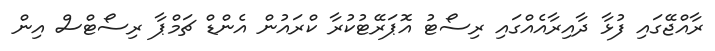
ރާއްޖޭގައި ފުޅާ ދާއިރާއެއްގައި ރިސޯޓު އޮޕަރޭޓުކުރާ ކްރައުން އެންޑް ޗަމްޕާ ރިސޯޓްސް އިން